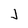
Character: J